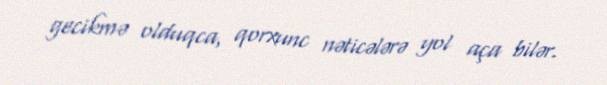
gecikmə olduqca, qorxunc nəticələrə yol aça bilər.